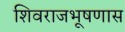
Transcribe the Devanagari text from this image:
शिवराजभूषणास